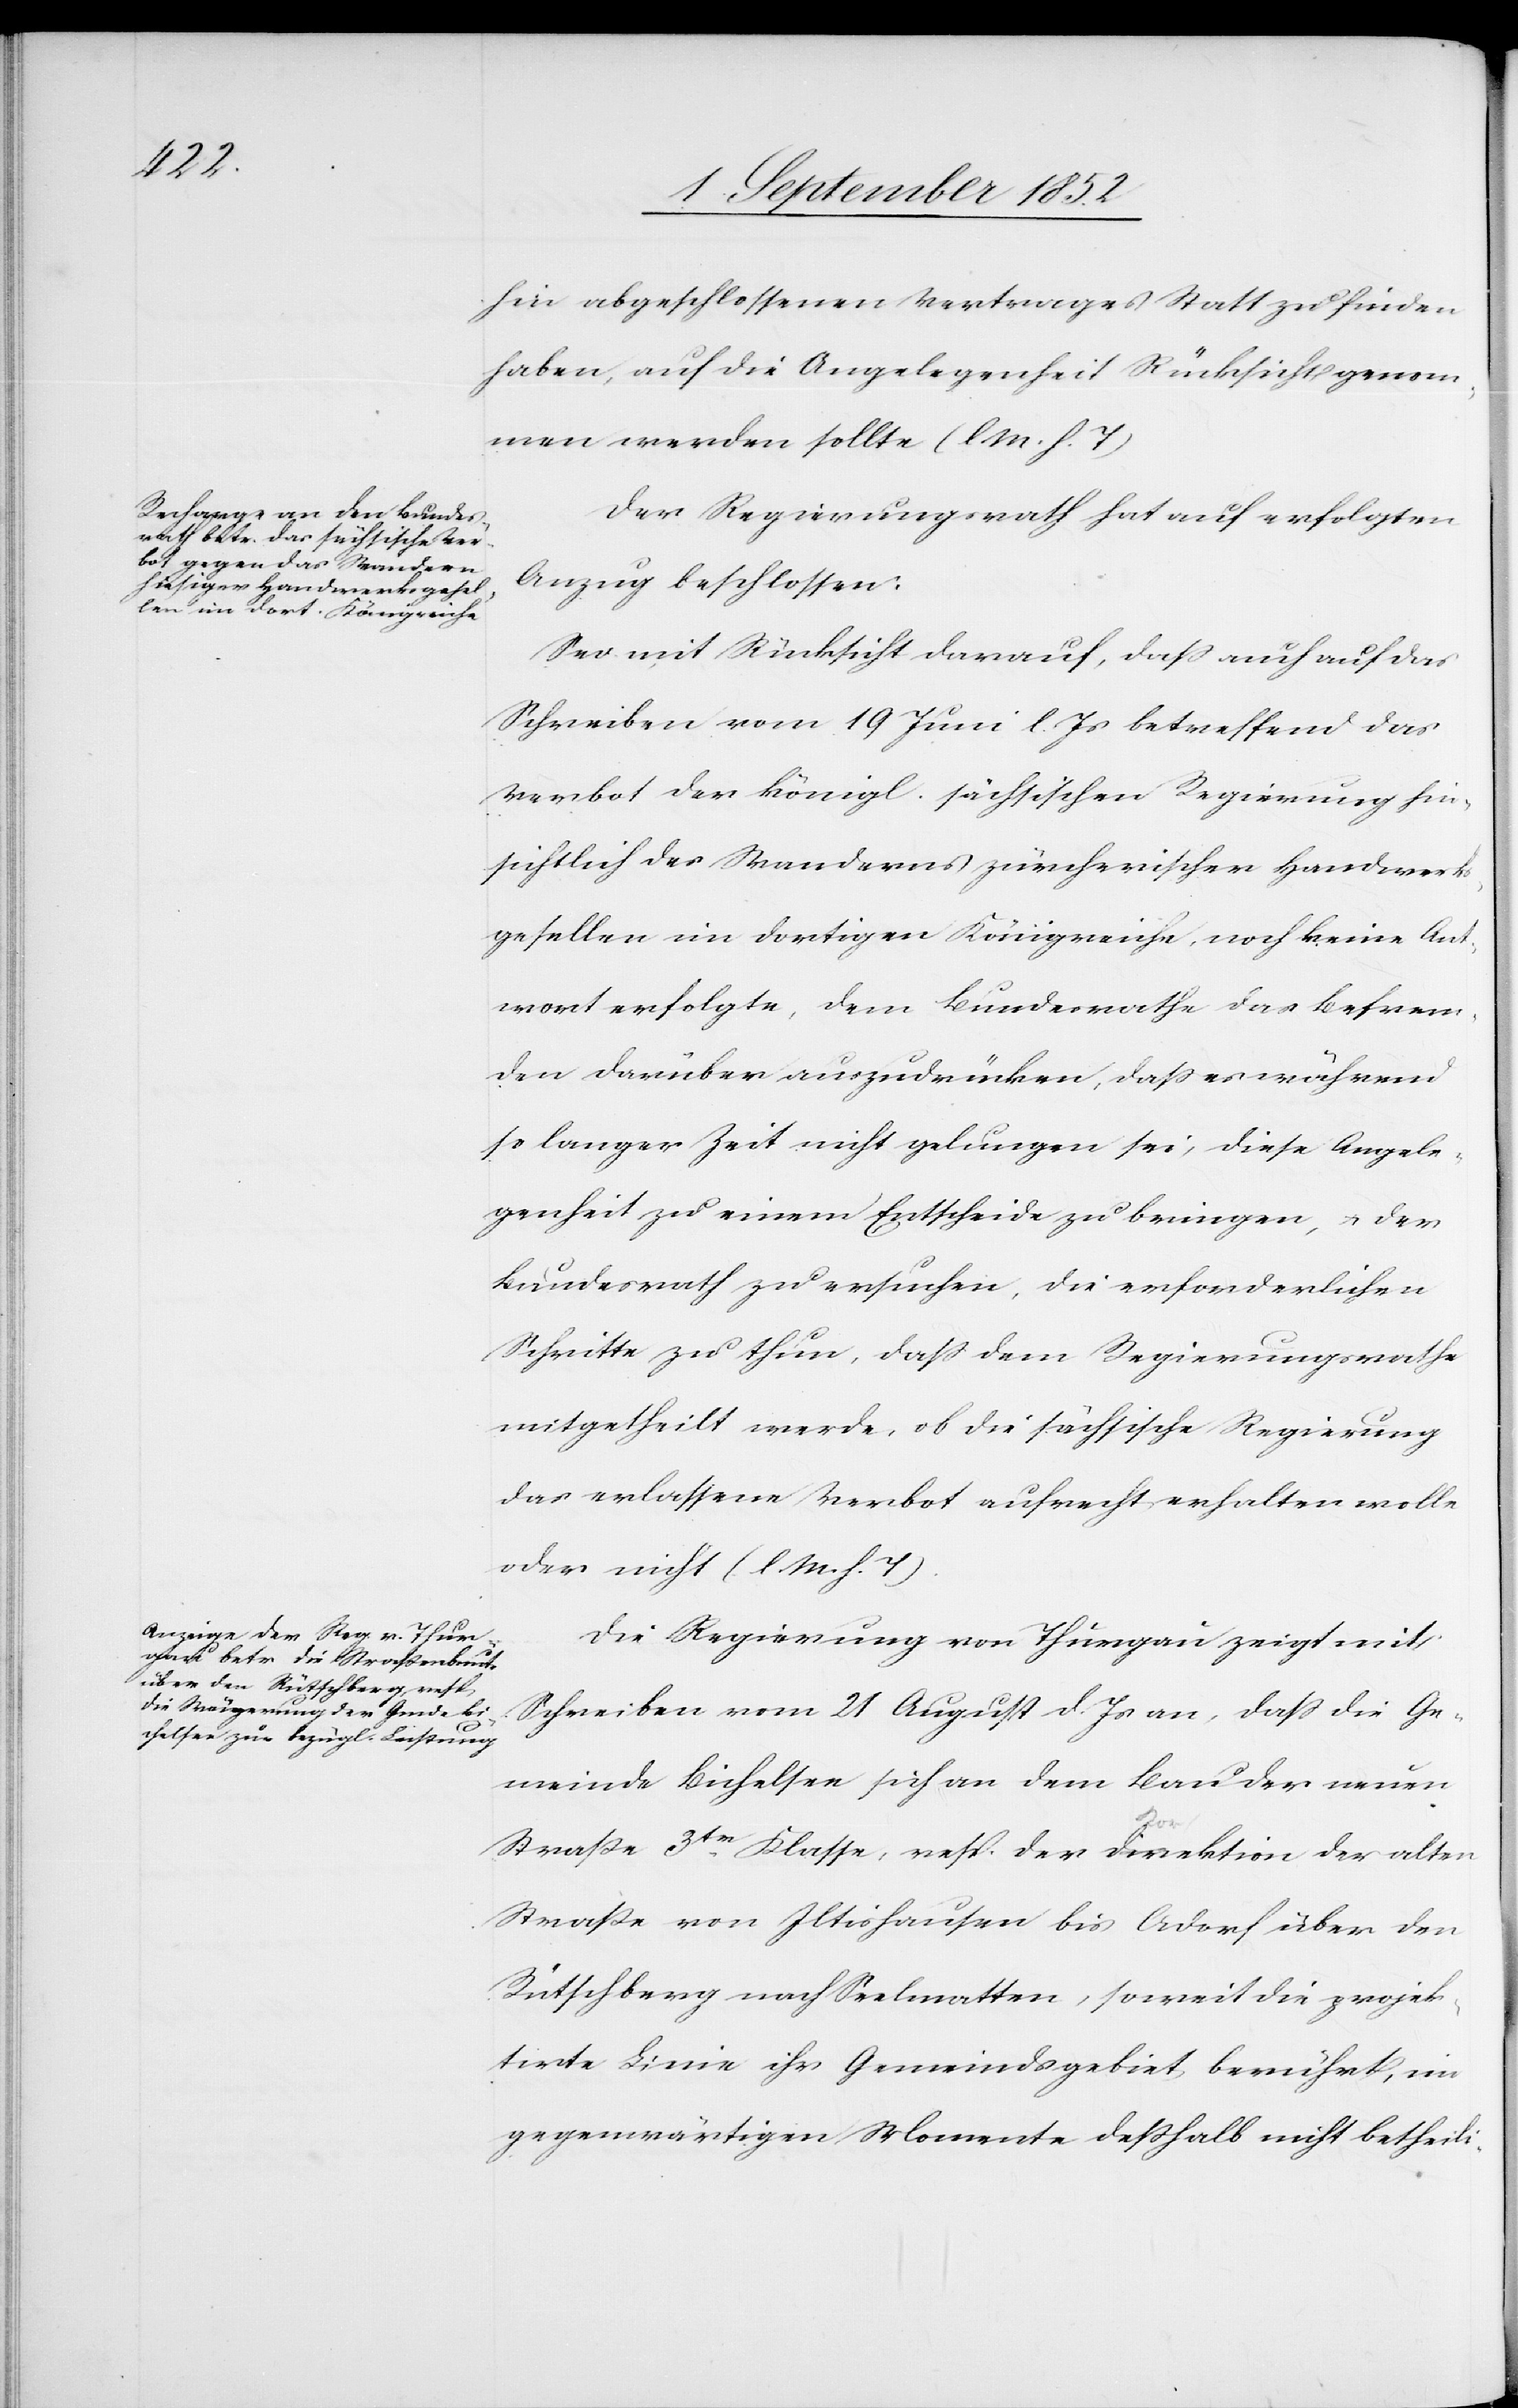
hin abgeschlossenen Vertrages Statt zu finden
haben, auf die Angelegenheit Rücksicht genom¬
men werden sollte (l M. h. T)[.]
Der Regierungsrath hat auf erfolgten
Anzug beschlossen:
Sei mit Rücksicht darauf, dass auch auf das
Schreiben vom 19 Juni l. Js betreffend das
Verbot der königl. sächsischen Regierung hin¬
sichtlich des Wanderns zürcherischer Handwerks¬
gesellen im dortigen Königreiche, noch keine Ant¬
wort erfolgte, dem Bundesrathe das Befrem¬
den darüber auszudrücken, dass es während
so langer Zeit nicht gelungen sei, diese Angele¬
genheit zu einem Entscheide zu bringen, & der
Bundesrath zu ersuchen, die erforderlichen
Schritte zu thun, dass dem Regierungsrathe
mitgetheilt werde, ob die sächsische Regierung
das erlassene Verbot aufrecht erhalten wolle
oder nicht (l. M. h. T).
Die Regierung von Thurgau zeigt mit
Schreiben vom 21 August d. Js an, dass die Ge¬
meinde Bichelsee sich an dem Bau der neuen
Straße 3tr. Klasse, resp. der Direktion der alten
Straße von Iltishausen bis Adorf über den
Rütschberg nach Seelmatten, soweit die projek¬
tirte Linie ihr Gemeindsgebiet berührt, im
gegenwärtigen Momente deßhalb nicht betheili-